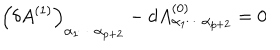
LaTeX: \left( \delta A ^ { ( 1 ) } \right) _ { \alpha _ { 1 } \cdots \alpha _ { p + 2 } } - d A _ { \alpha _ { 1 } \cdots \alpha _ { p + 2 } } ^ { ( 0 ) } = 0